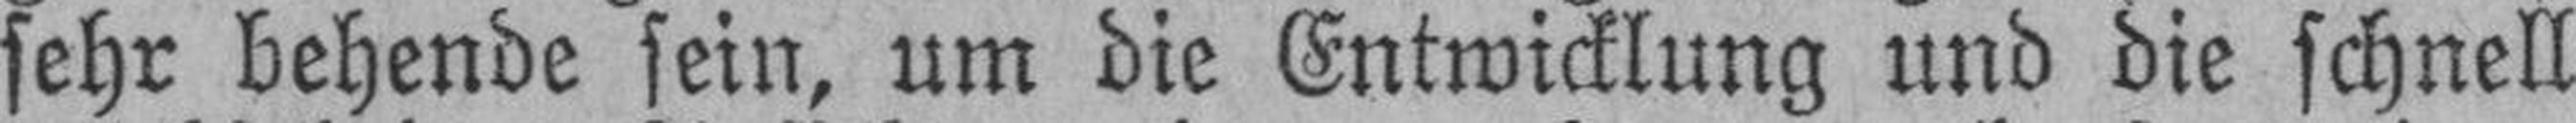
sehr behende sein, um die Entwicklung und die schnell